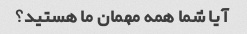
آیا شما همه مهمان ما هستید؟